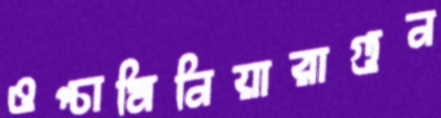
ওপ্‌চামিনিয়ারাগুন